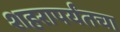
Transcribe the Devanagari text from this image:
शहरापर्यंतचा